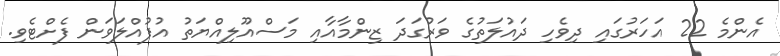
އެންމެ 22 އަހަރުގައި ދިވެހި ދައުލަތުގެ ވަރުގަދަ ޒިންމާއާއި މަސްއޫލިއްޔަތު އުފުއްލަވަން ފެށްޓެވި.